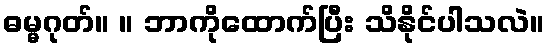
ဓမ္မဂုတ်။ ။ ဘာကိုထောက်ပြီး သိနိုင်ပါသလဲ။